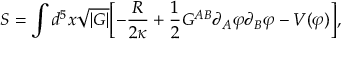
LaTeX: S = \int d ^ { 5 } x \sqrt { | G | } \biggl [ - \frac { R } { 2 \kappa } + \frac { 1 } { 2 } G ^ { A B } \partial _ { A } \varphi \partial _ { B } \varphi - V ( \varphi ) \biggr ] ,